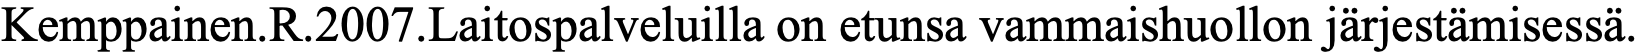
Kemppainen.R.2007.Laitospalveluilla on etunsa vammaishuollon järjestämisessä.